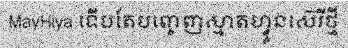
MayHiya ទើបតែបញ្ចេញស្មាតហ្វូនស៊េរីថ្មី